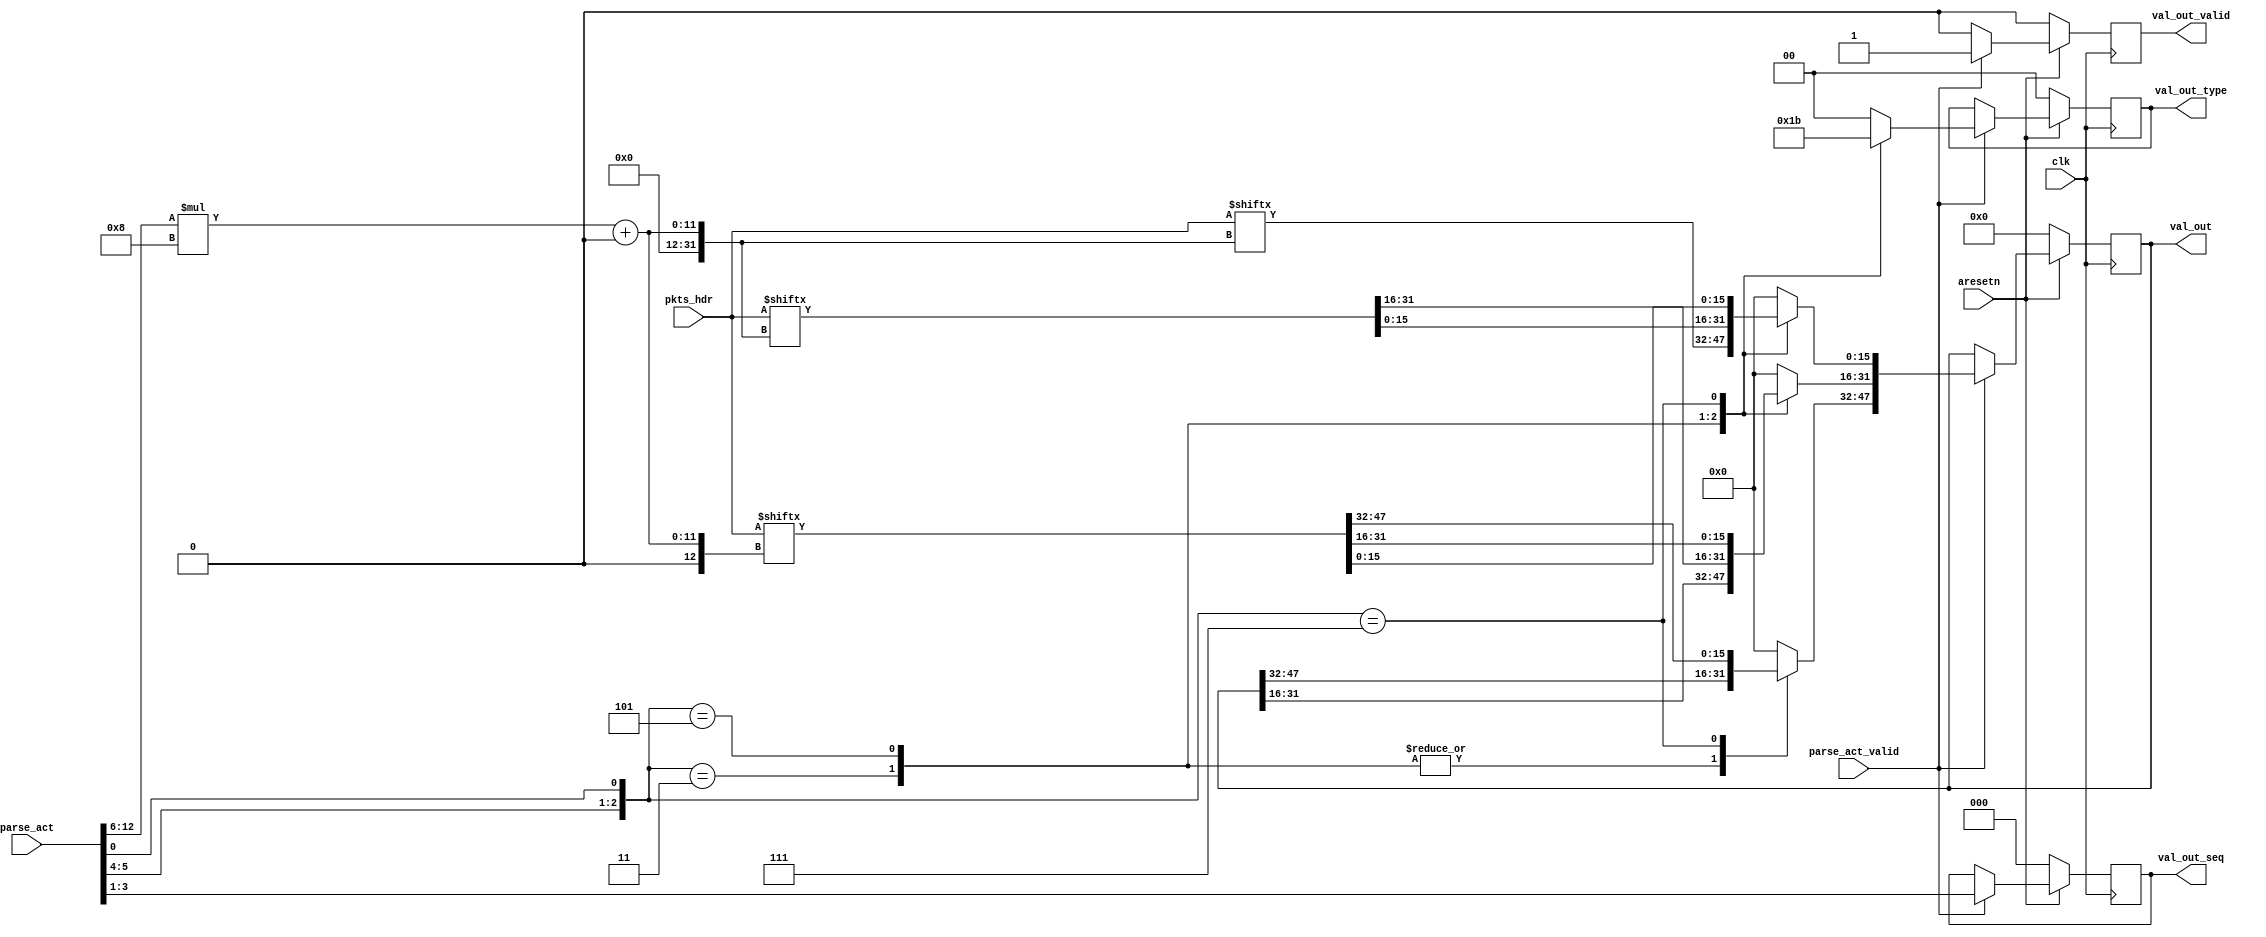
// This program was cloned from: https://github.com/jonas-kaufmann/simbricks-lpn
// License: MIT License

`timescale 1ns / 1ps



module sub_parser #(
	parameter PKTS_HDR_LEN = 1024,
	parameter PARSE_ACT_LEN = 16,
	parameter VAL_OUT_LEN = 48
)
(
	input				clk,
	input				aresetn,

	input						parse_act_valid,
	input [PARSE_ACT_LEN-1:0]	parse_act,

	input [PKTS_HDR_LEN-1:0]	pkts_hdr,

	output reg					val_out_valid,
	output reg [VAL_OUT_LEN-1:0]	val_out,
	output reg [1:0]			val_out_type,
	output reg [2:0]			val_out_seq
);


reg [VAL_OUT_LEN-1:0]		val_out_nxt;
reg							val_out_valid_nxt;
reg [1:0]					val_out_type_nxt;
reg [2:0]					val_out_seq_nxt;

always @(*) begin
	val_out_valid_nxt = 0;
	val_out_nxt = val_out;
	val_out_type_nxt = val_out_type;
	val_out_seq_nxt = val_out_seq;

	if (parse_act_valid) begin
		val_out_valid_nxt = 1;
		val_out_seq_nxt = parse_act[3:1];
		
		case({parse_act[5:4], parse_act[0]})
			// 2B
			3'b011: begin
				val_out_type_nxt = 2'b01;
				val_out_nxt[15:0] = pkts_hdr[(parse_act[12:6])*8 +: 16];
			end
			// 4B
			3'b101: begin
				val_out_type_nxt = 2'b10;
				val_out_nxt[31:0] = pkts_hdr[(parse_act[12:6])*8 +: 32];
			end
			// 6B
			3'b111: begin
				val_out_type_nxt = 2'b11;
				val_out_nxt[47:0] = pkts_hdr[(parse_act[12:6])*8 +: 48];
			end
			default: begin
				val_out_type_nxt = 0;
				val_out_nxt = 0;
			end
		endcase
	end
end

always @(posedge clk) begin
	if (~aresetn) begin
		val_out_valid <= 0;
		val_out <= 0;
		val_out_type <= 0;
		val_out_seq <= 0;
	end
	else begin
		val_out_valid <= val_out_valid_nxt;
		val_out <= val_out_nxt;
		val_out_type <= val_out_type_nxt;
		val_out_seq <= val_out_seq_nxt;
	end
end


endmodule